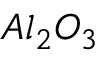
A l _ { 2 } O _ { 3 }